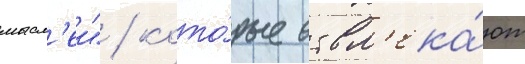
мысл'еи" / кото́рые отвл'ека́ют